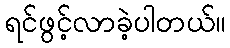
ရင်ဖွင့်လာခဲ့ပါတယ်။